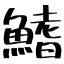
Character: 鰭